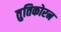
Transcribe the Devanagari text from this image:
तुतिकोरन